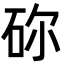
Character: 䂧